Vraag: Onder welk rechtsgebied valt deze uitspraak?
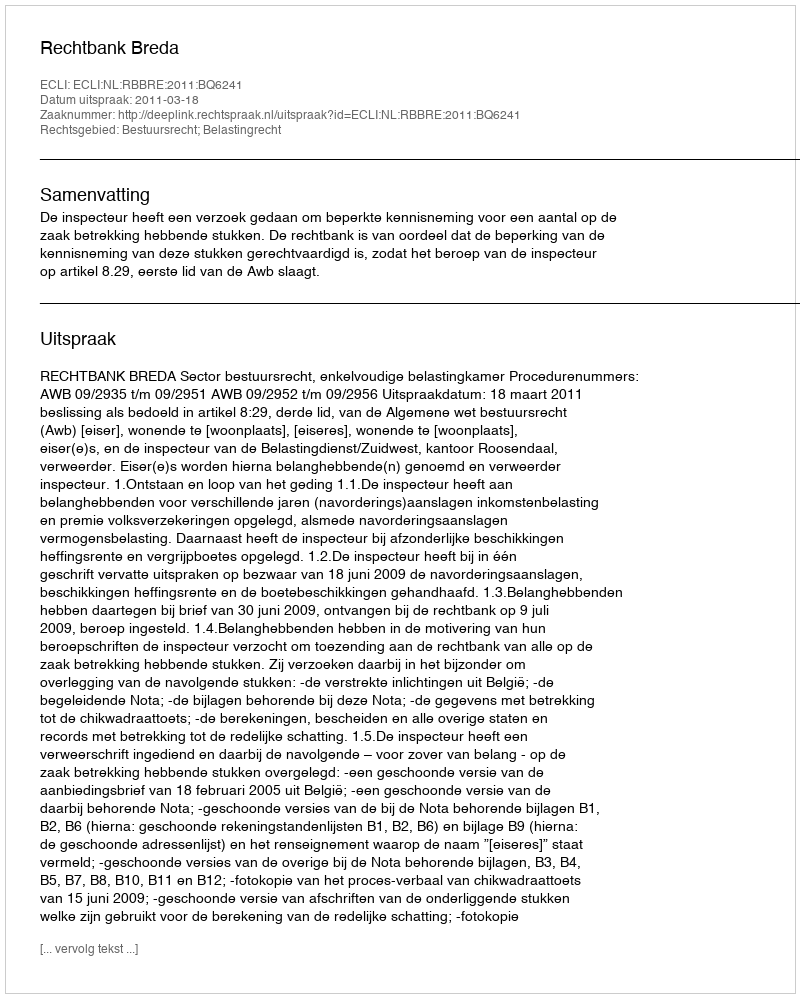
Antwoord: Bestuursrecht; Belastingrecht